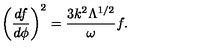
\left( \frac { d f } { d \phi } \right) ^ { 2 } = \frac { 3 k ^ { 2 } \Lambda ^ { 1 / 2 } } { \omega } f .